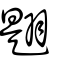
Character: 𦑡